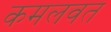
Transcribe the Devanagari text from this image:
कमलवत